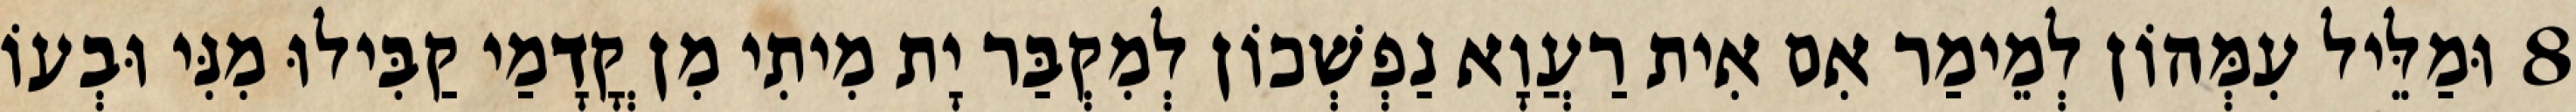
8 וּמַלֵּיל עִמְּהוֹן לְמֵימַר אִם אִית רַעֲוָא נַפְשְׁכוֹן לְמִקְבַּר יָת מִיתִי מִן קֳדָמַי קַבִּילוּ מִנִּי וּבְעוֹ